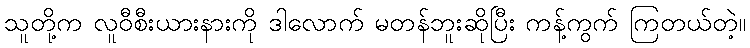
သူတို့က လူဝီစီးယားနားကို ဒါလောက် မတန်ဘူးဆိုပြီး ကန့်ကွက် ကြတယ်တဲ့။